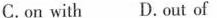
C.on with D.out of